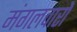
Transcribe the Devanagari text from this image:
मंगलवारों